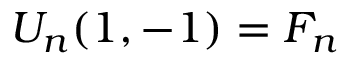
U _ { n } ( 1 , - 1 ) = F _ { n }